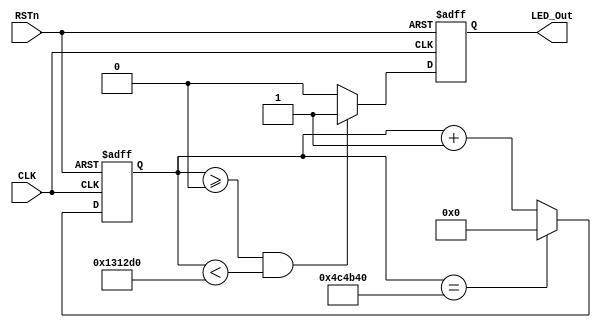
module led0_module
(
    CLK, RSTn, LED_Out
);

    input CLK;
    input RSTn;
    output LED_Out;
    
    /*************************************/
    
    parameter T100MS = 23'd5_000_000;//DB4CE1550MHz50M*0.01=5_000_000
    
    /*************************************/
    
    reg [22:0]Count1;
    
    always @ ( posedge CLK or negedge RSTn )
        if( !RSTn )	
            Count1 <= 23'd0;
        else if( Count1 == T100MS )
	        Count1 <= 23'd0;
        else
	        Count1 <= Count1 + 1'b1;
	        
	/*************************************/
	
	reg rLED_Out;
	
	always @ ( posedge CLK or negedge RSTn )
        if( !RSTn ) 
            rLED_Out <= 1'b0;
        else if( Count1 >= 23'd0 && Count1 < 23'd1_250_000 )//100ms112.1C
            rLED_Out <= 1'b1;
        else 
            rLED_Out <= 1'b0;
            
     /***************************************/
     
    assign LED_Out = rLED_Out;
     
     /***************************************/
    
endmodule